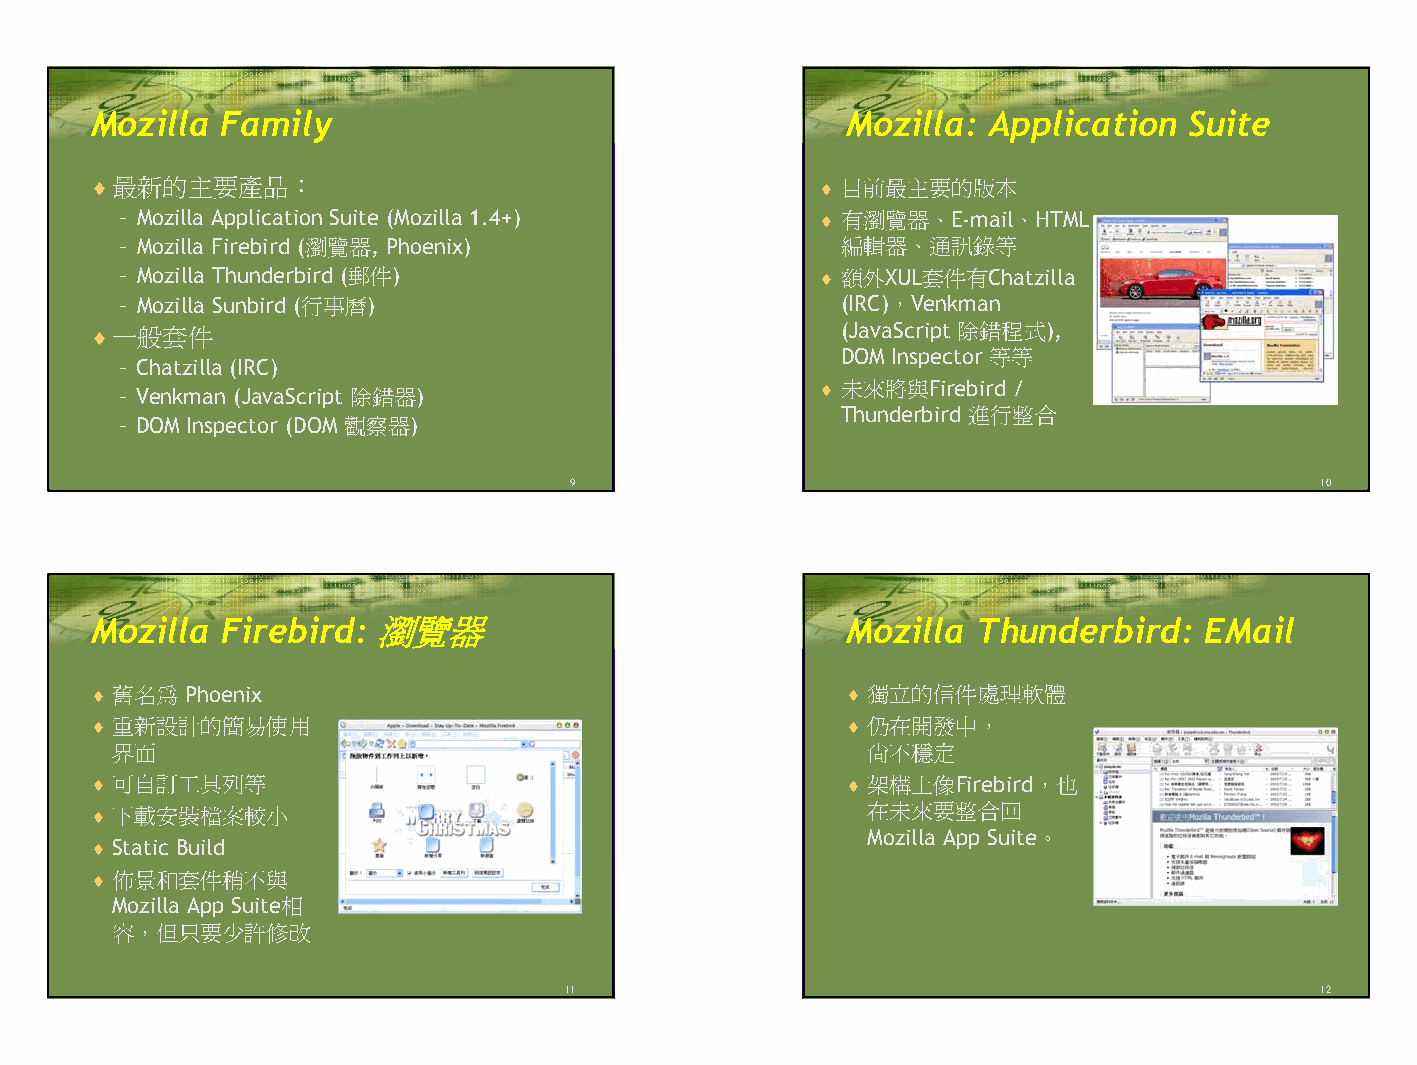
Mozilla  Family                                   Mozilla:  Application  Suite
 ♦最新的主要產品：                                       ♦ 目前最主要的版本
 – Mozilla Application Suite (Mozilla 1.4+)    ♦ 有瀏覽器、E-mail、HTML
 – Mozilla Firebird (瀏覽器, Phoenix)               編輯器、通訊錄等
 – Mozilla Thunderbird (郵件)                    ♦ 額外XUL套件有Chatzilla
 – Mozilla Sunbird (行事曆)                         (IRC)，Venkman
 ♦一般套件                                             (JavaScript 除錯程式),
 DOM Inspector 等等
 – Chatzilla (IRC)
 – Venkman (JavaScript 除錯器)                    ♦ 未來將與Firebird /
 Thunderbird 進行整合
 – DOM Inspector (DOM 觀察器)
 9                                                 10
 Mozilla  Firebird: 瀏覽器                            Mozilla  Thunderbird:   EMail
 ♦ 舊名為 Phoenix                                     ♦ 獨立的信件處理軟體
 ♦ 重新設計的簡易使用                                       ♦ 仍在開發中，
 界面                                                尚不穩定
 ♦ 可自訂工具列等                                         ♦ 架構上像Firebird，也
 ♦ 下載安裝檔案較小                                          在未來要整合回
 Mozilla App Suite。
 ♦ Static Build
 ♦ 佈景和套件稍不與
 Mozilla App Suite相
 容，但只要少許修改
 11                                                12
 3